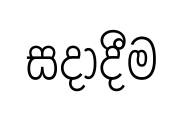
සදාදීම